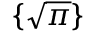
\{ { \sqrt { \pi } } \}